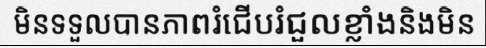
មិនទទួលបានភាពរំជើបរំជួលខ្លាំងនិងមិន